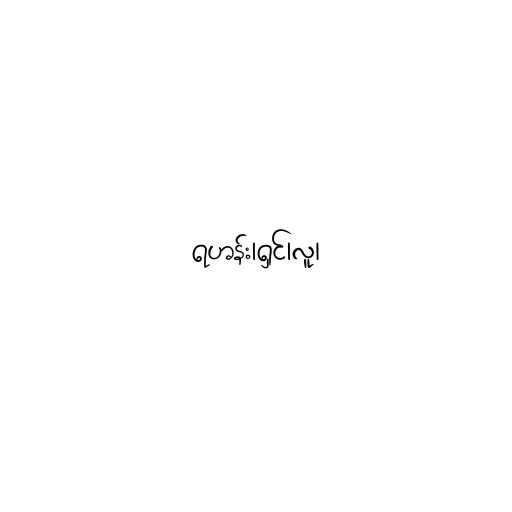
ရဟန်း၊ရှင်၊လူ၊